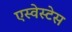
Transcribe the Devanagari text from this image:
एस्वेस्टेस